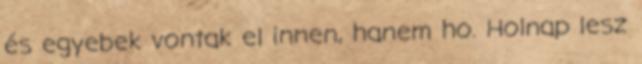
és egyebek vontak el innen, hanem ho. Holnap lesz